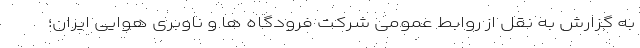
به گزارش به نقل از روابط عمومی شرکت فرودگاه ها و ناوبری هوایی ایران؛